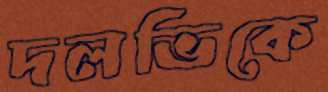
দলভিকে